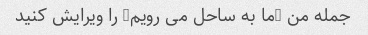
جمله من "ما به ساحل می رویم" را ویرایش کنید